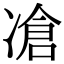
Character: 凔